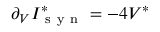
\partial _ { V } I _ { \mathrm { ~ s ~ y ~ n ~ } } ^ { * } = - 4 V ^ { * }